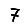
Digit: 7